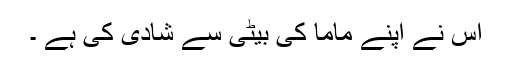
اس نے اپنے ماما کی بیٹی سے شادی کی ہے ۔